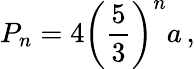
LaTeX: P_{n}=4\left({\frac{5}{3}}\right)^{n}a\, ,